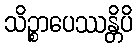
သိဉ္စာပေဿန္တိပိ